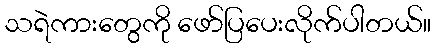
သရဲကားတွေကို ဖော်ပြပေးလိုက်ပါတယ်။